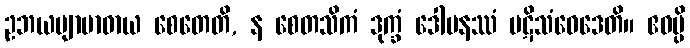
ဥဘယဗျာဗာဓာယ စေတေတိ, န စေတသိကံ ဒုက္ခံ ဒေါမနဿံ ပဋိသံဝေဒေတိ။ ဧဝမ္ပိ